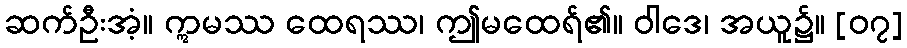
ဆက်ဦးအံ့။ ဣမဿ ထေရဿ၊ ဤမထေရ်၏။ ဝါဒေ၊ အယူ၌။ [၀၇]